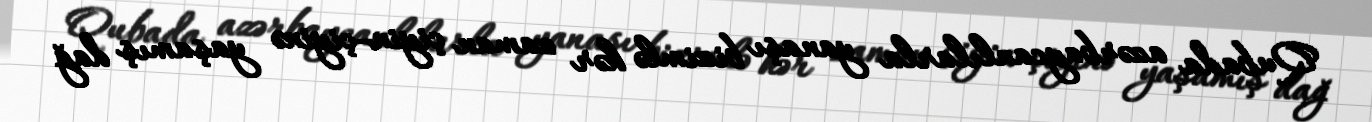
Qubada azərbaycanlılarla yanaşı bizimlə hər zaman çiyin-çiyinə yaşamış dağ